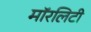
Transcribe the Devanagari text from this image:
मॉरलिटी